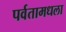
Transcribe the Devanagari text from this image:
पर्वतामधला